system: You are a helpful assistant.
user:
Analyze the provided spectrum to determine if it is a **S-type Star**.

- **Key Indicators for S-type Star:**

    - **(Overall Spectrum Shape):** The first and most obvious characteristic is the overall continuum (the "baseline" shape). It is **extremely "red-sloping,"** meaning the flux (light intensity) is very low on the left side (blue, ~4000-4500 Å) and rises steeply and continuously toward the right side (red, ~7000 Å+).

    - **(Primary):** The spectrum is defined by the presence of strong, broad molecular absorption "valleys" (bands) from **Zirconium Oxide (ZrO)**. The identification of these bands is the **primary requirement** for classifying a star as S-type.
        - **(Key Bandheads):** You must find distinct, deep "dips" where the light has been absorbed. The most critical band systems to locate are:
            - **~6474 Å** ($\gamma$-system): This is often the strongest and clearest ZrO feature, found in the red part of the spectrum.
            - **~5718 Å** & **~5551 Å** ($\beta$-system): A pair of prominent absorption features in the yellow-orange part of the spectrum.
            - **~4640 Å** ($\alpha$-system): A key absorption band system in the blue-green region of the spectrum.

    - **(Secondary Confirmation):** The classification is strengthened by finding additional absorption bands from other related heavy element oxides, which are expected to be present alongside ZrO.
        - **(Key Bandheads):**
            - **Yttrium Oxide (YO):** Look for absorption dips near **~4800 Å** and **~6100 Å**.
            - **Lanthanum Oxide (LaO):** Additional absorption features, particularly in the red-orange part of the spectrum, are also characteristic.

    - **(Line Profile):** The combination of the steep red continuum and these numerous, deep molecular bands (ZrO, YO, etc.) gives the entire spectrum a very **"chopped-up"** or **"bumpy"** appearance. Instead of a smooth curve, the spectrum looks as though large, wide chunks of light have been "carved out" of it at the specific wavelengths listed above.

Think first, call **spectral_visualization_tool** if needed to examine features in detail, then provide your final answer. Your response must adhere to the following strict rules:
1.  **Overall Structure:** Your response must follow the format `<think>...</think> <tool_call>...</tool_call> (if a tool is used) <answer>...</answer>`.
2.  **Tool Usage Constraint:** You may only make **one** tool call per turn.
3.  **Final Answer Format:** In the `<answer>` tag, your conclusion must be inside a `\boxed{}` command (e.g., `\boxed{YES}` or `\boxed{NO}`), followed by your justification.

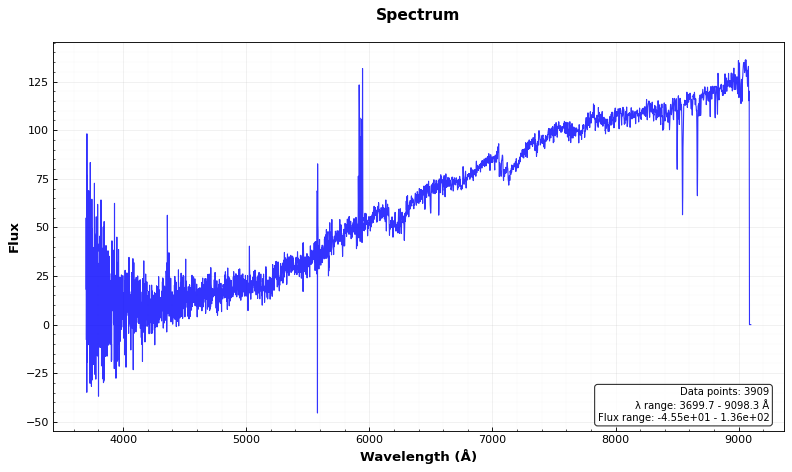
Answer: NO